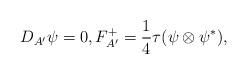
LaTeX: \begin{gather*}D_{A'} \psi = 0 , F_{A'}^{+} = \frac{1}{4} \tau (\psi \otimes \psi^{*} ) , \end{gather*}